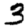
Digit: 3